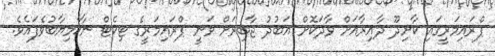
ޕްރައިމަރީގައި ކާށިދޫ ދާއިރާއަށް ވާދަކޮށް އަބުދު ޖާބިރަށް ވަނީ ޕްރައިމަރީގެ ޓިކެޓް ނާކާމިޔާބުވެފައެވެ.